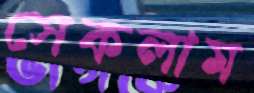
সেকলাম